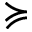
\succcurlyeq